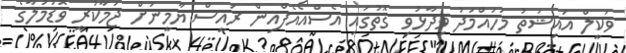
ވަކީލް އައިޝަތު މުހައްމަދު ވިދާޅުވި ގޮތުގައި އެސްއޯއެފްއިން ރައީސް ޔާމީނަށް ޖަމާކުރީ ވޮޑުމުލާގެ